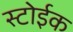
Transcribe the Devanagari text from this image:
स्टोईक